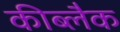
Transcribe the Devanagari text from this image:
कीब्लैक